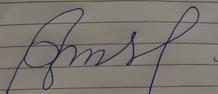
Signature authenticity: forged